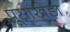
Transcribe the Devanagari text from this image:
पूसाखेड़ा